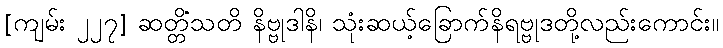
[ကျမ်း ၂၂၇] ဆတ္တိံသတိ နိဗ္ဗုဒါနိ၊ သုံးဆယ့်ခြောက်နိရဗ္ဗုဒတို့လည်းကောင်း။